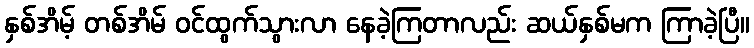
နှစ်အိမ့် တစ်အိမ် ဝင်ထွက်သွားလာ နေခဲ့ကြတာလည်း ဆယ်နှစ်မက ကြာခဲ့ပြီ။